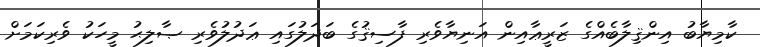
ކާމިޔާބު އިންޤިލާބެއްގެ ޒަރީޢާއިން އަނިޔާވެރި ފާސިޤުގެ ބަދަލުގައި ޢަދުލުވެރި ޞާލިޙު މީހަކު ވެރިކަމަށް